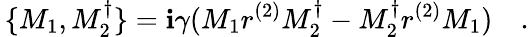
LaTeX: \, \{ M_{1},M_{2}^{\dagger}\} =\mathbf{i}\gamma(M_{1}r^{(2)}M_{2}^{\dagger}-M_{2}^{\dagger}r^{(2)}M_{1})\quad.